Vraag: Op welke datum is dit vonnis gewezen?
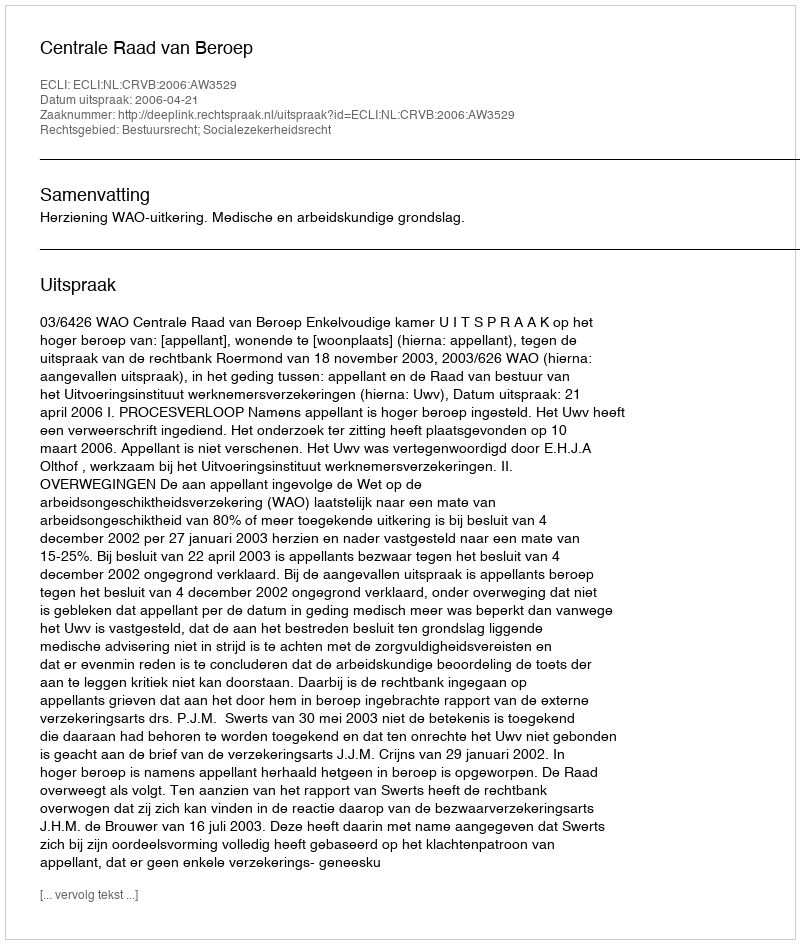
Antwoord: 2006-04-21